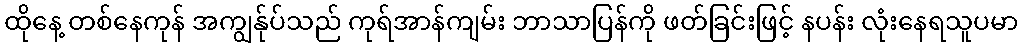
ထိုနေ့ တစ်နေကုန် အကျွန်ုပ်သည် ကုရ်အာန်ကျမ်း ဘာသာပြန်ကို ဖတ်ခြင်းဖြင့် နပန်း လုံးနေရသူပမာ